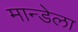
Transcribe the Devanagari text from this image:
मान्डेला